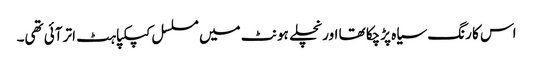
اس کا رنگ سیاہ پڑچکا تھا اور نچلے ہونٹ میں مسلسل کپکپاہٹ اتر آئی تھی۔